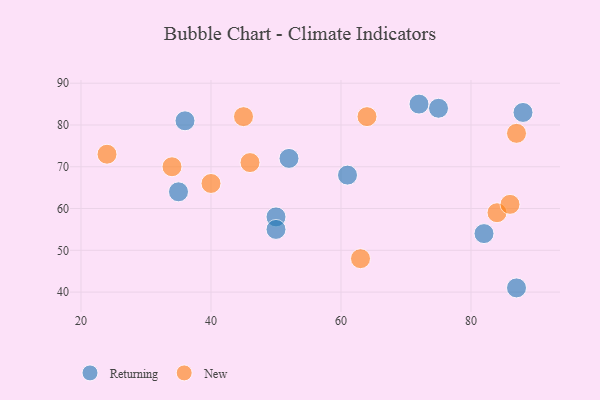
{"axis": {"x": "GDP", "y": "Life Expectancy"}, "legend": ["New", "Returning"], "data": [{"x": "72", "y": 85, "type": "Returning"}, {"x": "88", "y": 83, "type": "Returning"}, {"x": "50", "y": 58, "type": "Returning"}, {"x": "61", "y": 68, "type": "Returning"}, {"x": "50", "y": 55, "type": "Returning"}, {"x": "36", "y": 81, "type": "Returning"}, {"x": "75", "y": 84, "type": "Returning"}, {"x": "52", "y": 72, "type": "Returning"}, {"x": "82", "y": 54, "type": "Returning"}, {"x": "35", "y": 64, "type": "Returning"}, {"x": "87", "y": 41, "type": "Returning"}, {"x": "84", "y": 59, "type": "New"}, {"x": "46", "y": 71, "type": "New"}, {"x": "87", "y": 78, "type": "New"}, {"x": "40", "y": 66, "type": "New"}, {"x": "64", "y": 82, "type": "New"}, {"x": "63", "y": 48, "type": "New"}, {"x": "45", "y": 82, "type": "New"}, {"x": "34", "y": 70, "type": "New"}, {"x": "86", "y": 61, "type": "New"}, {"x": "24", "y": 73, "type": "New"}]}